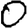
Digit: 0